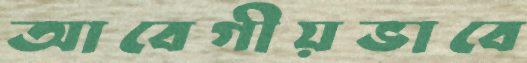
আবেগীয়ভাবে